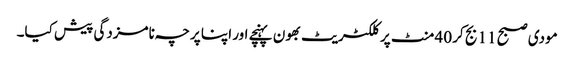
مودی صبح 11 بج کر 40 منٹ پر کلکٹریٹ بھون پہنچے اور اپنا پرچہ نامزدگی پیش کیا۔